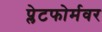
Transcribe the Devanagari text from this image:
प्लेटफोर्मवर